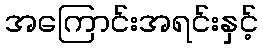
အကြောင်းအရင်းနှင့်